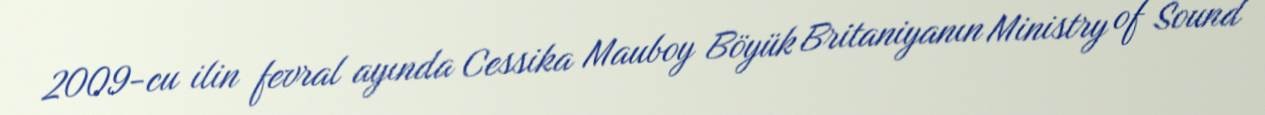
2009-cu ilin fevral ayında Cessika Mauboy Böyük Britaniyanın Ministry of Sound